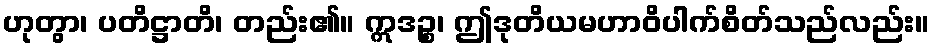
ဟုတွာ၊ ပတိဋ္ဌာတိ၊ တည်း၏။ ဣဒဉ္စ၊ ဤဒုတိယမဟာဝိပါက်စိတ်သည်လည်း။